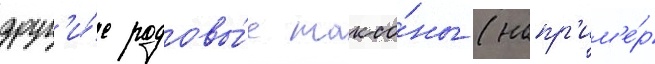
друг'и́е родовы́е таксо́ны (напр'им'е́р